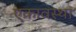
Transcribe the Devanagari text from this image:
एकावस्था